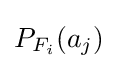
P_{F_{i}}(a_{j})